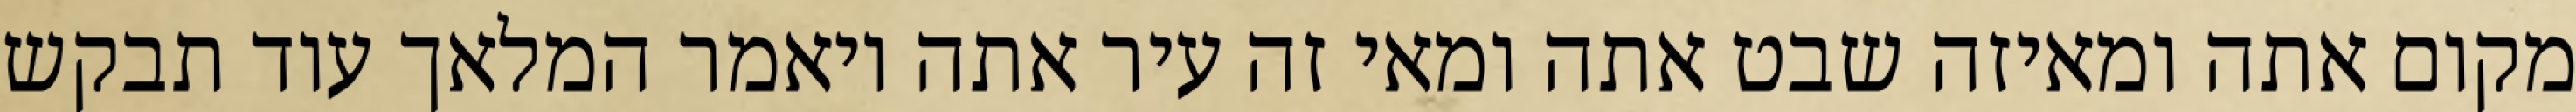
מקום אתה ומאיזה שבט אתה ומאי זה עיר אתה ויאמר המלאך עוד תבקש